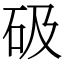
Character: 砐